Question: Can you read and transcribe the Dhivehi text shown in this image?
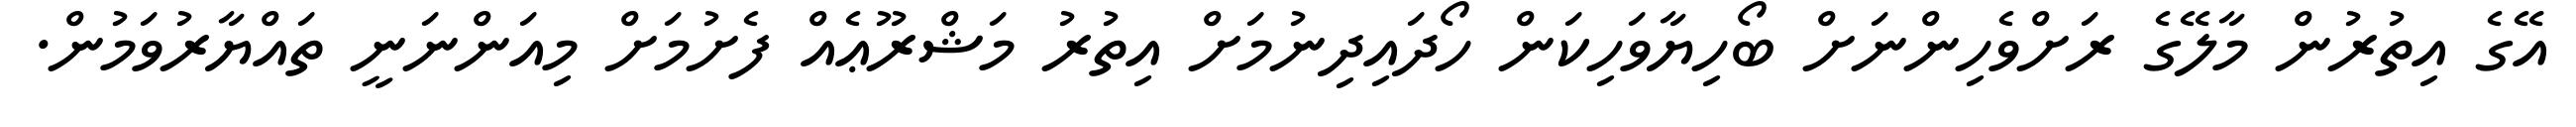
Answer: އޭގެ އިތުރުން މާލޭގެ ރަށްވެހިންނަށް ބޯހިޔާވަހިކަން ހޯދައިދިނުމަށް އިތުރު މަޝްރޫޢެއް ފެށުމަށް މިއަންނަނީ ތައްޔާރުވަމުން.